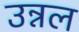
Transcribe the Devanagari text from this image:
उन्नल